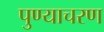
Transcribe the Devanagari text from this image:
पुण्याचरण